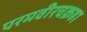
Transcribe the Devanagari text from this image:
परमवीरचक्रहा